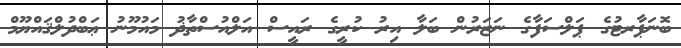
ބޮނަޕާރޓުގެ ޕަލްސަފާގެ ނަޒަރުން ބަލާ އިރު ކުރީގެ ރައީސް އަލްއުސްތާޛު މައުމޫނު ޢަބްދުލްޤައްޔޫމް